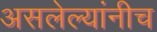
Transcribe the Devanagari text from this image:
असलेल्यांनीच